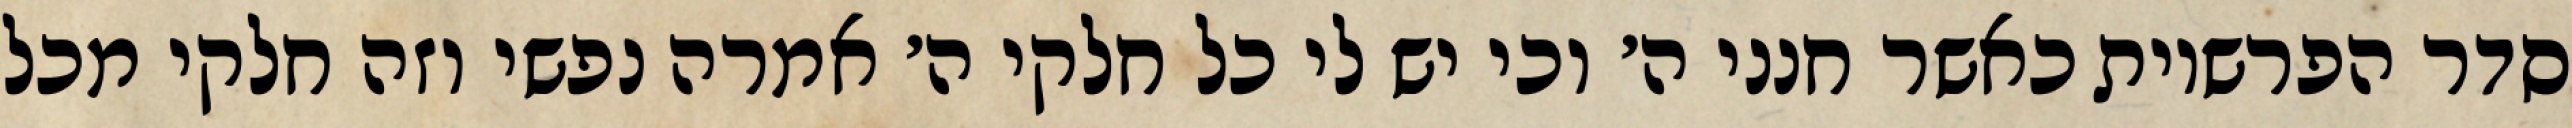
סדר הפרשיות כאשר חנני ה׳ וכי יש לי כל חלקי ה׳ אמרה נפשי וזה חלקי מכל